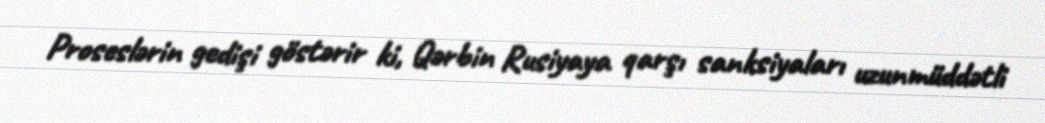
Proseslərin gedişi göstərir ki, Qərbin Rusiyaya qarşı sanksiyaları uzunmüddətli